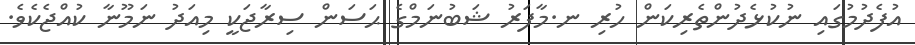
އުފެދުމުގައި ނުކުޅެދުންތެރިކަން ހުރި ނ.މާފަރު ޝަބުނަމްގެ ޙަސަން ސިރާޖަކީ މިއަދު ނަމޫނާ ކުއްޖެކެވެ.